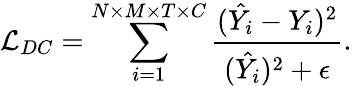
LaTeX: \mathcal{L}_{DC}=\sum_{i=1}^{N\times M\times T\times C}\frac{(\hat{Y_{i}}-Y_{i})^{2}}{(\hat{Y_{i}})^{2}+\epsilon}.